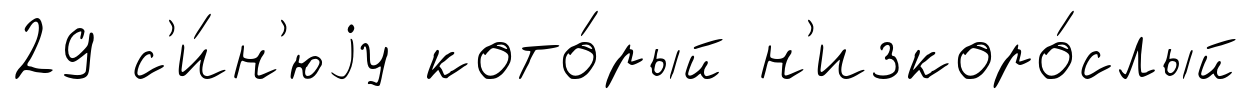
29 с'и́н'юjу кото́рый н'изкоро́слый